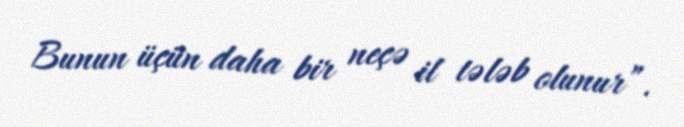
Bunun üçün daha bir neçə il tələb olunur”.